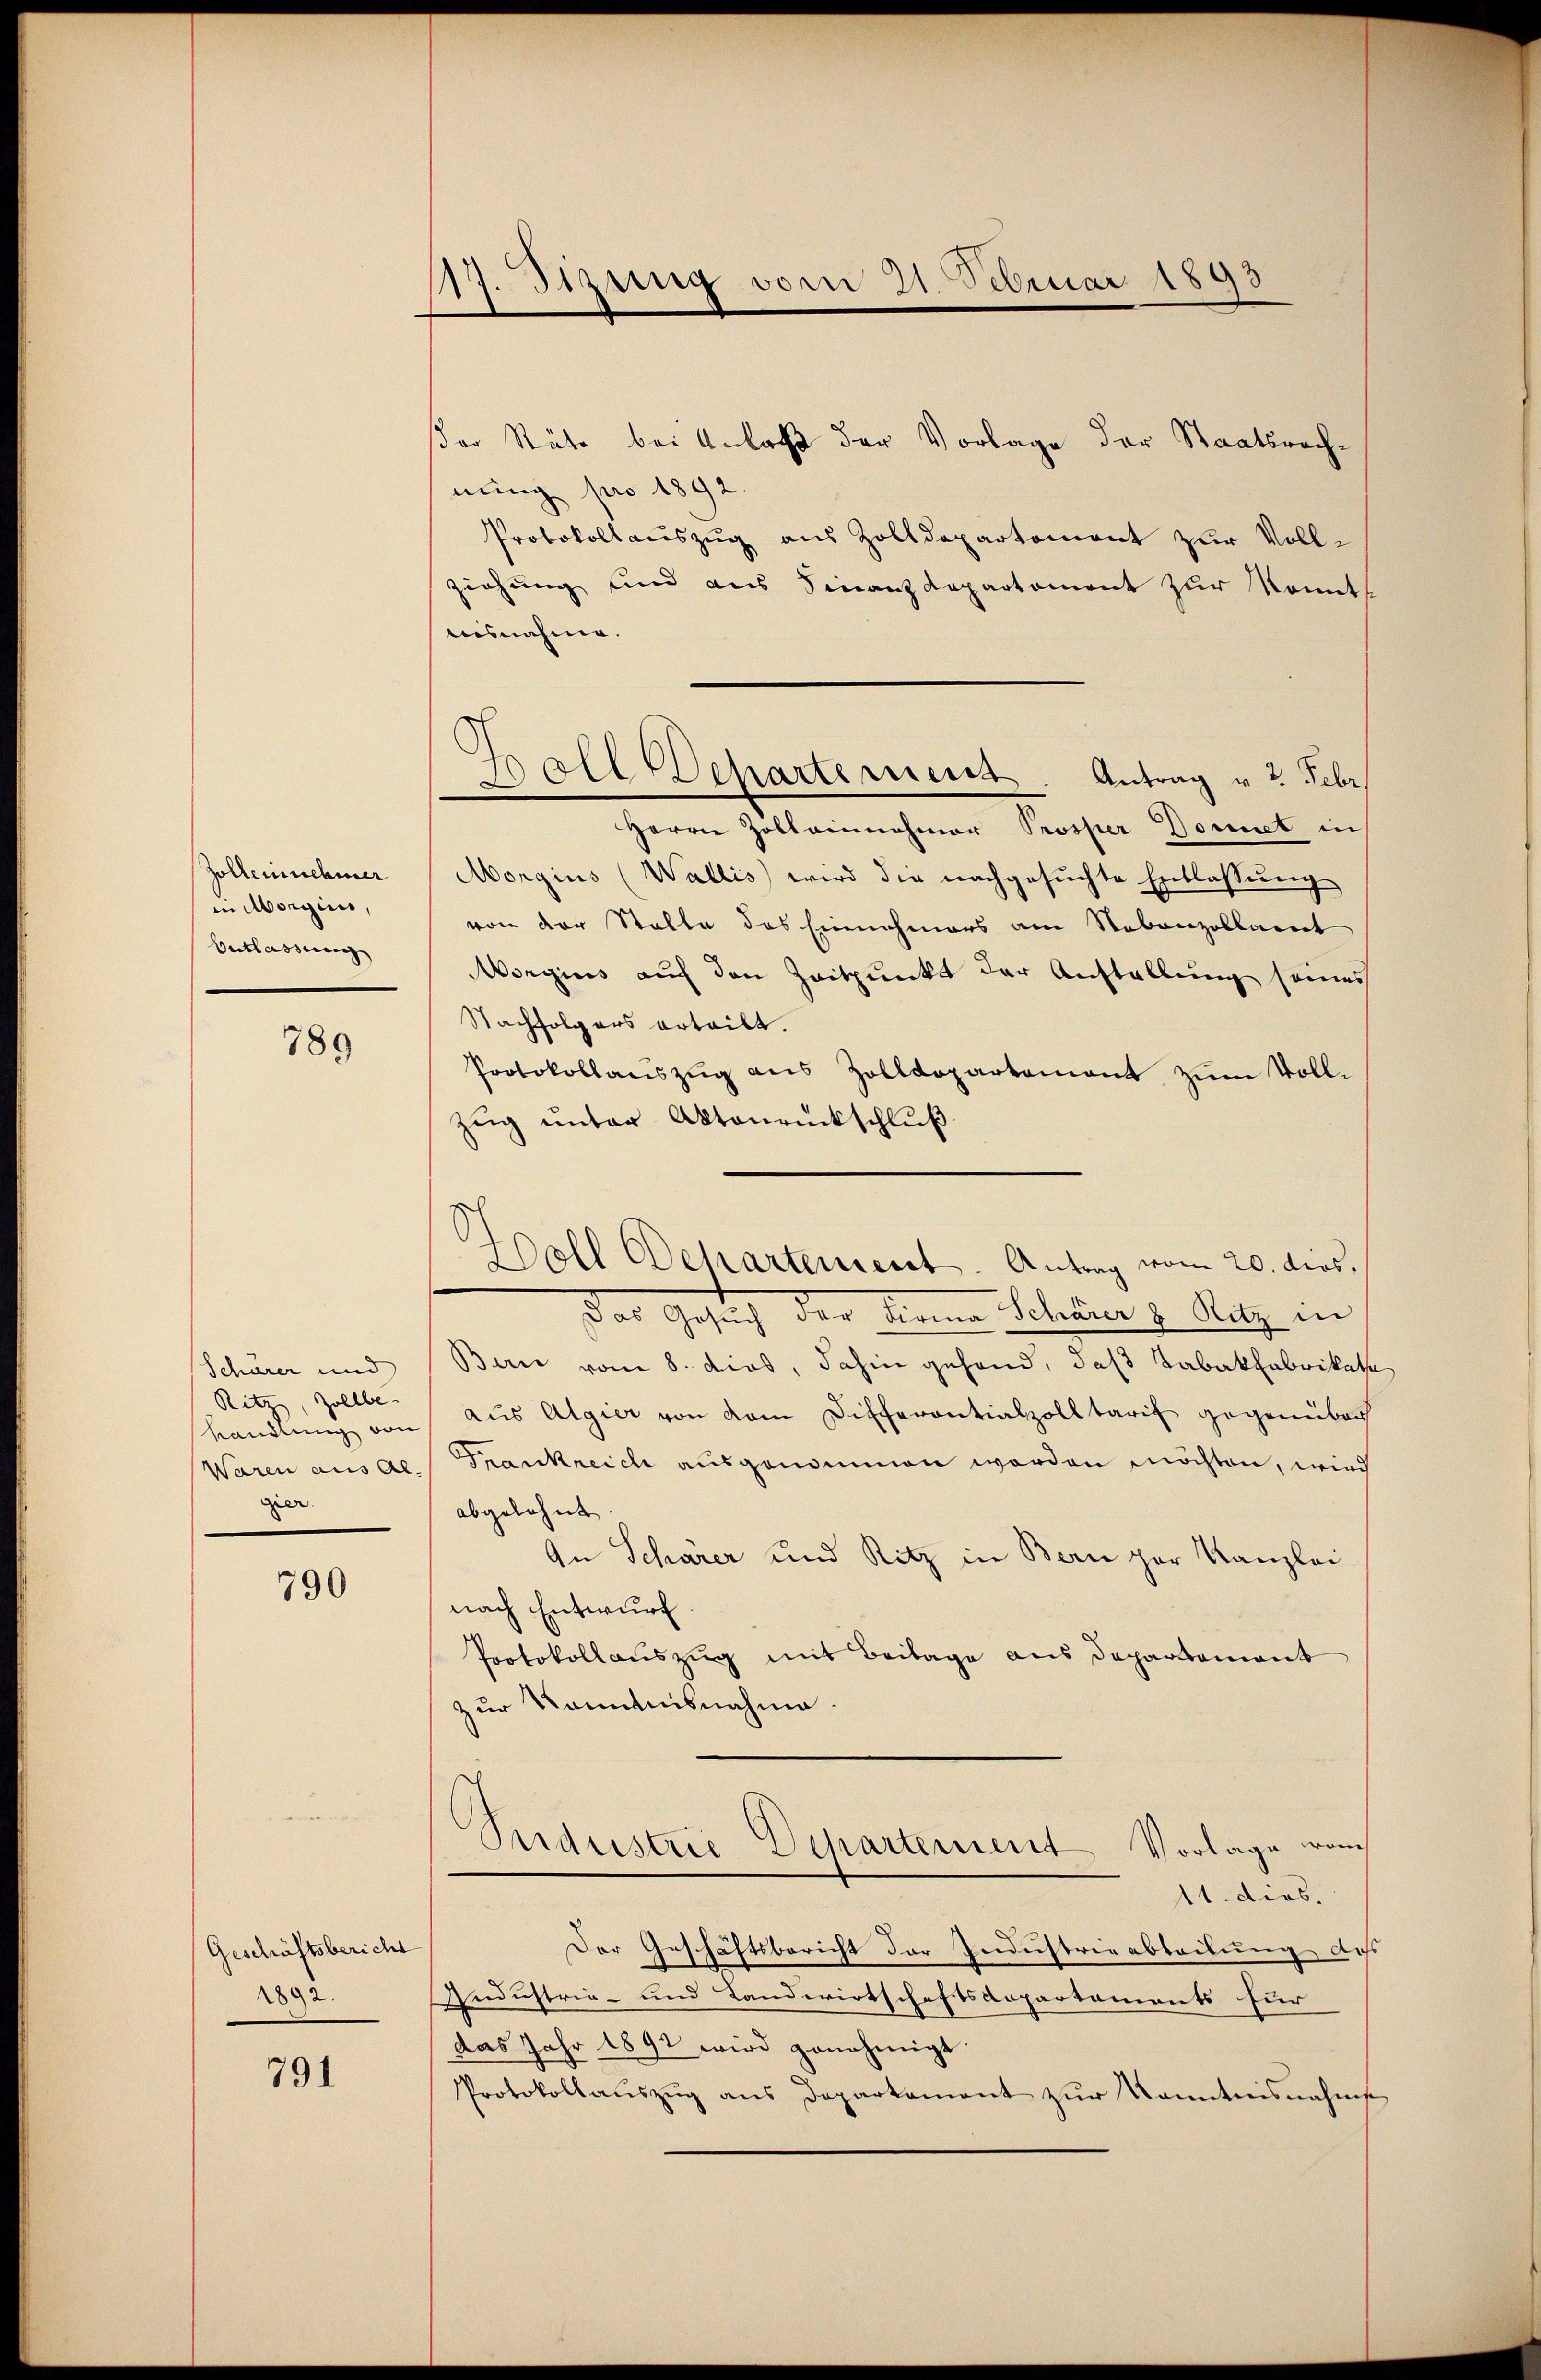
Zolleinehmer
in Morgius,
Entlassung

789

Schärer und
Ritz, Zollbe
gier

790

Geschäftsbericht
1892.

791

17. Sizung vom 21. Februar 1893

ßer Stäte bei Anlaß der Vorlage der Staatsrechnung pro 1892.
Protokollauszug aus Zolldepartement zur Vollziehung und aus Finanzdepartement zur Kont
ausnahme.
Herrn Zoll einnahmer Prosper Donnet in
Morgius (Wallis wird die nachgesŭchte Entlassŭng
von der Stalle des Einnahmers am Nebenzollamt
Aorgius auf den Zeitpunkt der Austellung seines
Nachfolgers erteilt.
Protokollauszug aus Zolldepartement zum Voll¬
Zug unter Aktenrückschluß
Das Gesuch der Firma Schärer & Sitz in
Bari vom 8. dies, dahin gehand, daß Tabakfabrikate
Kandlung von aus Algier von dem Differantialzolltarif gegenüber
Waren aus des Frankreich ausgenommen worden möchten, wird
abgelehnt.
An Schärer und Ritz in Bern zur Kanzlei
nach Entwurf
Protokollauszug mit Beilage aus Departement
zur Kenntnisnahme.
Industrie Departement Vorlage vo
11. dies.
Der Geschäftsbericht der Industrieabteilung des
Industrie- und Landwirtschaftsaepartaments für
das Jahr 1892 wird genehmigt.
Protokollauszug aus Departement zur Kenntnisnahms

Ball Departement. Antrag v. 2. Febr.

Woll Departement. Antrag vom 20. dies